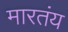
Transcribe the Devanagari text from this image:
मारतंय